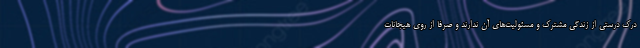
درک درستی از زندگی مشترک و مسئولیت‌های آن ندارند و صرفا از روی هیجانات